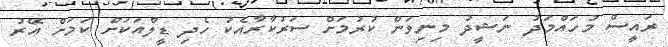
ރައީސް މުހައްމަދު ނަޝީދު މިނިވަން ކުރުމަށް ސަރުކާރާއެކު ހެދި ޑީލްއަކަށް ކަމަށް އޭރު